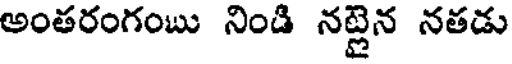
అంతరంగంబు నిండి నట్లైన నతడు